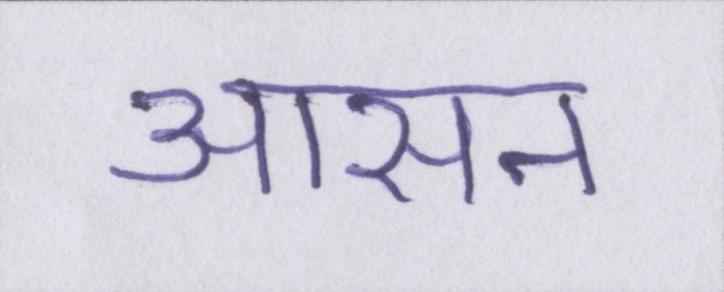
आसन